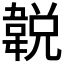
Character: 𩎰